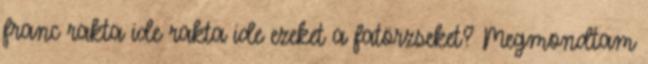
franc rakta ide rakta ide ezeket a fatörzseket? Megmondtam